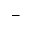
-